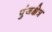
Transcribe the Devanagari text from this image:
पुंजक्षेत्र